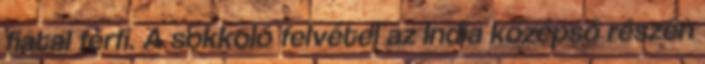
fiatal férfi. A sokkoló felvétel az India középső részén